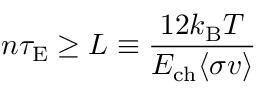
n \tau _ { \mathrm { { E } } } \geq L \equiv { \frac { 1 2 k _ { \mathrm { { B } } } T } { E _ { \mathrm { { c h } } } \langle \sigma v \rangle } }